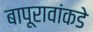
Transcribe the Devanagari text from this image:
बापूरावांकडे